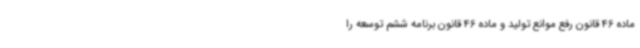
ماده 46 قانون رفع موانع تولید و ماده 46 قانون برنامه ششم توسعه را